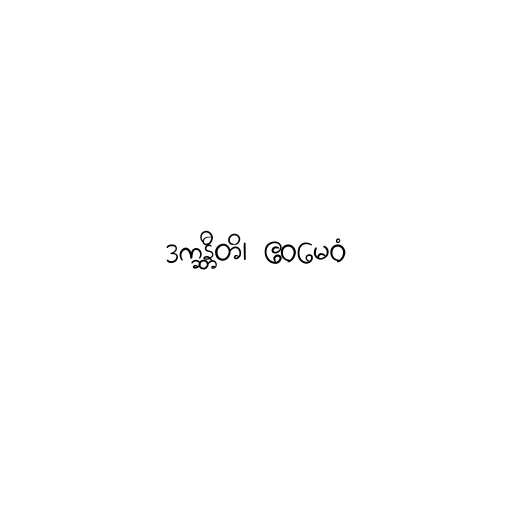
ဒက္ခန္တီတိ၊ ဧဝမေဝံ